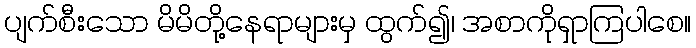
ပျက်စီးသော မိမိတို့နေရာများမှ ထွက်၍၊ အစာကိုရှာကြပါစေ။